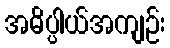
အဓိပ္ပါယ်အကျဉ်း